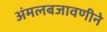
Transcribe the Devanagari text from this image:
अंमलबजावणीने